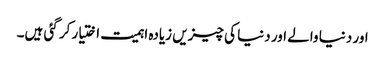
اور دنیا والے اور دنیا کی چیزیں زیادہ اہمیت اختیار کر گئی ہیں۔